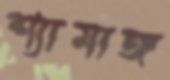
শ্যামাঙ্গ